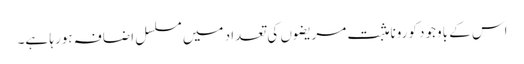
اس کے باوجود کورونا مثبت مریضوں کی تعداد میں مسلسل اضافہ ہورہا ہے۔